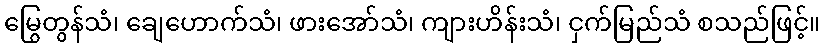
မြွေတွန်သံ၊ ချေဟောက်သံ၊ ဖားအော်သံ၊ ကျားဟိန်းသံ၊ ငှက်မြည်သံ စသည်ဖြင့်။